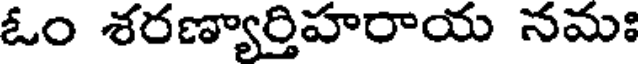
ఓం శరణ్యార్తిహరాయ నమః